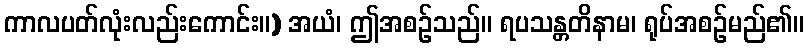
ကာလပတ်လုံးလည်းကောင်း။) အယံ၊ ဤအစဉ်သည်။ ရပသန္တတိနာမ၊ ရုပ်အစဉ်မည်၏။